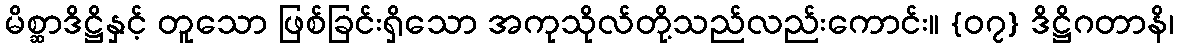
မိစ္ဆာဒိဋ္ဌိနှင့် တူသော ဖြစ်ခြင်းရှိသော အကုသိုလ်တို့သည်လည်းကောင်း။ {၀၇} ဒိဋ္ဌိဂတာနိ၊